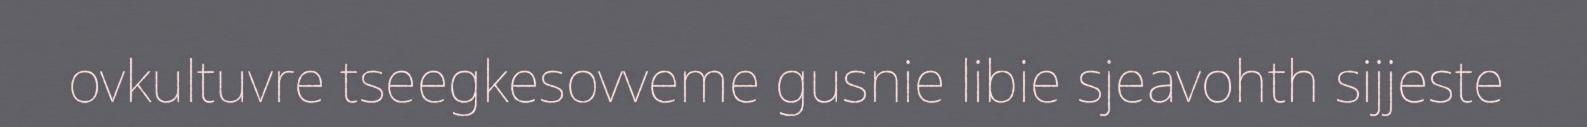
ovkultuvre tseegkesovveme gusnie libie sjeavohth sijjeste